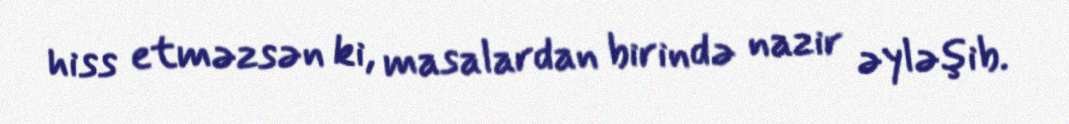
hiss etməzsən ki, masalardan birində nazir əyləşib.